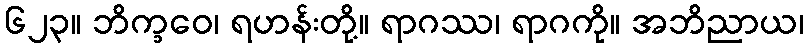
၆၂၃။ ဘိက္ခဝေ၊ ရဟန်းတို့။ ရာဂဿ၊ ရာဂကို။ အဘိညာယ၊